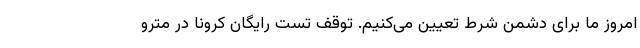
امروز ما برای دشمن شرط تعیین می‌کنیم. توقف تست رایگان کرونا در مترو